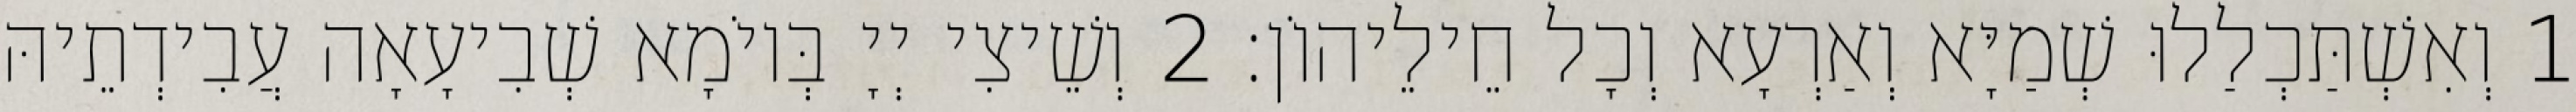
1 וְאִשְׁתַּכְלַלוּ שְׁמַיָּא וְאַרְעָא וְכָל חֵילֵיהוֹן׃ 2 וְשֵׁיצִי יְיָ בְּיוֹמָא שְׁבִיעָאָה עֲבִידְתֵיהּ